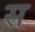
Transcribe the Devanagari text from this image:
स